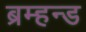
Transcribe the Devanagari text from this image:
ब्रम्हन्ड